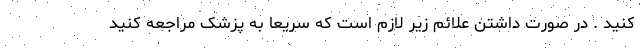
کنید . در صورت داشتن علائم زیر لازم است که سریعا به پزشک مراجعه کنید